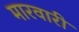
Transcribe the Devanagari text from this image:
मारवारी